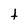
Character: t